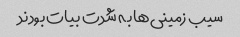
سیب زمینی‌ها به شدت بیات بودند